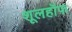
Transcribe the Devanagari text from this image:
शूलहॉफ